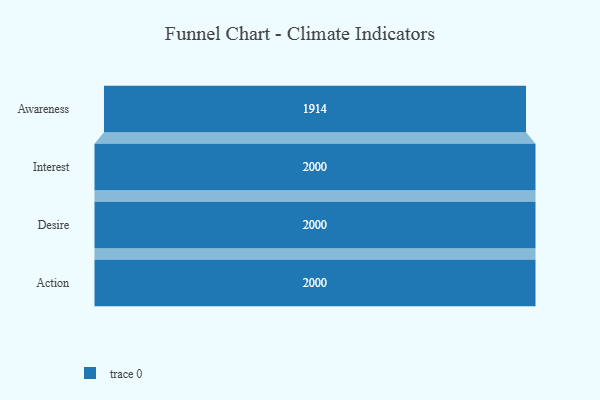
{"axis": {"x": "Stage", "y": "Value"}, "legend": [""], "data": [{"x": "Awareness", "y": 1914.0, "type": ""}, {"x": "Interest", "y": 2000, "type": ""}, {"x": "Desire", "y": 2000, "type": ""}, {"x": "Action", "y": 2000, "type": ""}]}